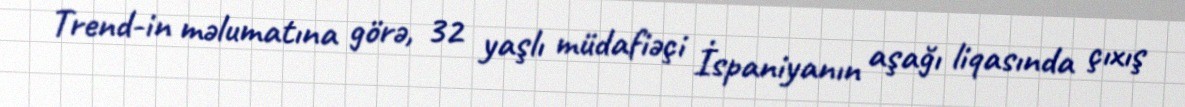
Trend-in məlumatına görə, 32 yaşlı müdafiəçi İspaniyanın aşağı liqasında çıxış